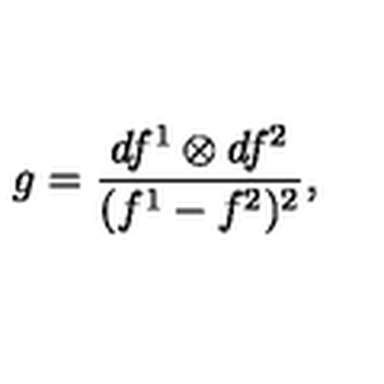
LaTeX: g = \frac { d f ^ { 1 } \otimes d f ^ { 2 } } { ( f ^ { 1 } - f ^ { 2 } ) ^ { 2 } } ,